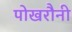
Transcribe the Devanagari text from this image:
पोखरौनी